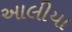
આલીયા